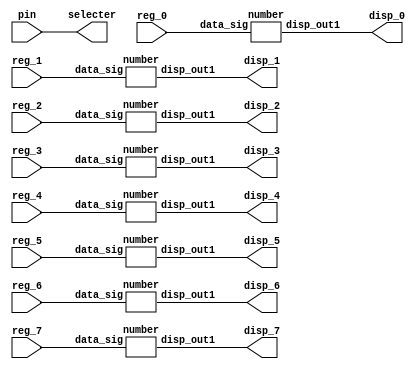
module display(
	input	pin,
	input [15:0] reg_1,reg_2,reg_3,reg_4,reg_5,reg_6,reg_7,reg_0,
	output [7:0] disp_1,disp_2,disp_3,disp_4,disp_5,disp_6,disp_7,disp_0,
	output selecter);
	wire [15:0] wire_reg1,wire_reg2,wire_reg3,wire_reg4,wire_reg5,wire_reg6,wire_reg7,wire_reg0;
	wire [7:0] disp_reg1_1,disp_reg2_1,disp_reg3_1,disp_reg4_1,disp_reg5_1,disp_reg6_1,disp_reg7_1,disp_reg0_1;
	assign wire_reg0 = reg_0;
	assign wire_reg1 = reg_1;
	assign wire_reg2 = reg_2;
	assign wire_reg3 = reg_3;
	assign wire_reg4 = reg_4;
	assign wire_reg5 = reg_5;
	assign wire_reg6 = reg_6;
	assign wire_reg7 = reg_7;

	number reg1(.data_sig(wire_reg1), .disp_out1(disp_reg1_1));
	number reg2(.data_sig(wire_reg2), .disp_out1(disp_reg2_1));
	number reg3(.data_sig(wire_reg3), .disp_out1(disp_reg3_1));
	number reg4(.data_sig(wire_reg4), .disp_out1(disp_reg4_1));
	number reg5(.data_sig(wire_reg5), .disp_out1(disp_reg5_1));
	number reg6(.data_sig(wire_reg6), .disp_out1(disp_reg6_1));
	number reg7(.data_sig(wire_reg7), .disp_out1(disp_reg7_1));
	number reg0(.data_sig(wire_reg0), .disp_out1(disp_reg0_1));
	assign disp_1 =disp_reg1_1;
	assign disp_2 =disp_reg2_1;
	assign disp_3 =disp_reg3_1;
	assign disp_4 =disp_reg4_1;
	assign disp_5 =disp_reg5_1;
	assign disp_6 =disp_reg6_1;
	assign disp_7 =disp_reg7_1;
	assign disp_0 =disp_reg0_1;
	assign selecter = pin;
endmodule


module SEVENSEG_LED (
	input [3:0] a,
	output [7:0] output_signal);
	assign output_signal = (a == 4'b0000) ? 8'b1111_1100:
									 (a == 4'b0001) ? 8'b0110_0000:
									 (a == 4'b0010) ? 8'b0010_1010:
									 (a == 4'b0011) ? 8'b1111_0010:
									 (a == 4'b0100) ? 8'b0110_0110:
									 (a == 4'b0101) ? 8'b0100_0110:
									 (a == 4'b0110) ? 8'b0100_1110:
									 (a == 4'b1000) ? 8'b1110_0000:
									 (a == 4'b1000) ? 8'b1111_1110:
									 (a == 4'b1001) ? 8'b1111_0110:
									 (a == 4'b1010) ? 8'b1110_1110:
									 (a == 4'b0100) ? 8'b0011_1110:
									 (a == 4'b1100) ? 8'b0001_1010:
									 (a == 4'b0010) ? 8'b1000_1010:
									 (a == 4'b1110) ? 8'b1001_1110:
									 8'b1000_1110;
								  
endmodule


module number(
	input [15:0] data_sig,
	output [7:0] disp_out1);
	wire [7:0] disp_wire1;
	wire [3:0] data_wire1;
	assign data_wire1 = data_sig [3:0];
	SEVENSEG_LED l1(.a(data_wire1[3:0]), .output_signal(disp_wire1[7:0]));
	assign disp_out1 =  disp_wire1;
	
endmodule